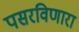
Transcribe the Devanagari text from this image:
पसरविणारा